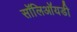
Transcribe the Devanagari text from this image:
सॉलिऑयडी